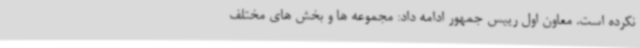
نکرده است. معاون اول رییس جمهور ادامه داد: مجموعه ها و بخش های مختلف